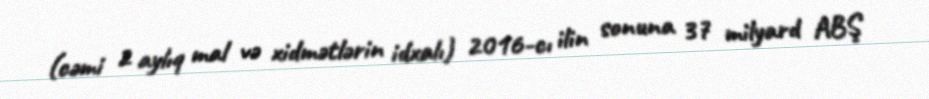
(cəmi 2 aylıq mal və xidmətlərin idxalı) 2016-cı ilin sonuna 37 milyard ABŞ